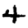
Digit: 4